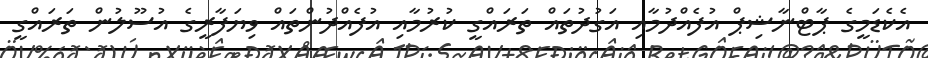
އެކެޑަމީގެ ޕާޓްނާޝިޕް އުފެއްދުމާއި އަގުދުތައް ތަރައްގީ ކުރުމާއި އުފެއްދުންތައް ވިޔަފާރީގެ އުސޫލުން ތަރައްގީ